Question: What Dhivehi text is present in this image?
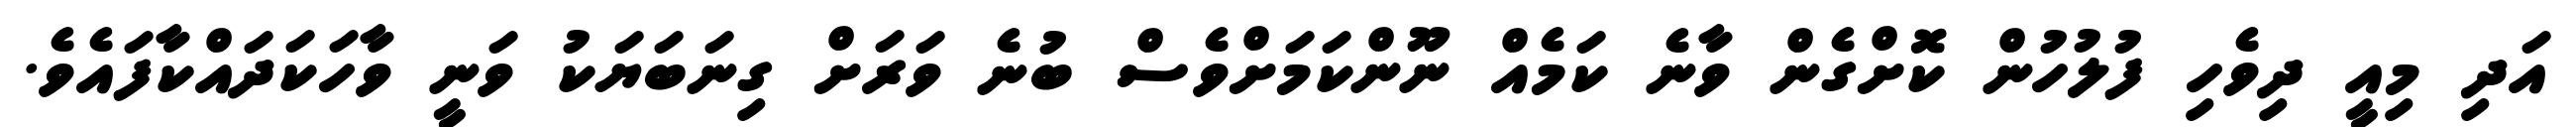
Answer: އަދި މިއީ ދިވެހި ފުލުހުން ކޮށްގެން ވާނެ ކަމެއް ނޫންކަމަށްވެސް ބުނެ ވަރަށް ގިނަބަޔަކު ވަނީ ވާހަކަދައްކާފައެވެ.